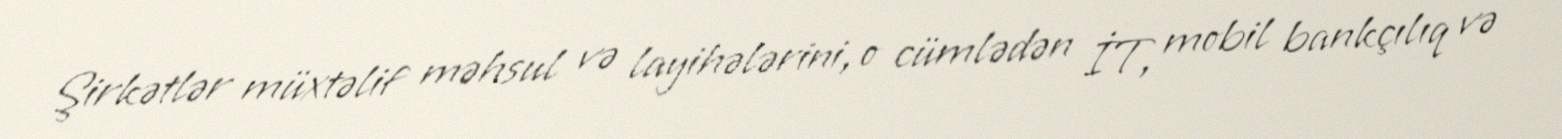
Şirkətlər müxtəlif məhsul və layihələrini, o cümlədən İT, mobil bankçılıq və